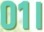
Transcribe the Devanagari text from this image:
०१।